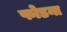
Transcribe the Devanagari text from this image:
फोडना